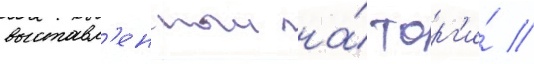
выставл'енныи на́ торг'и́ //